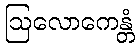
ဩလောကေန္တံ